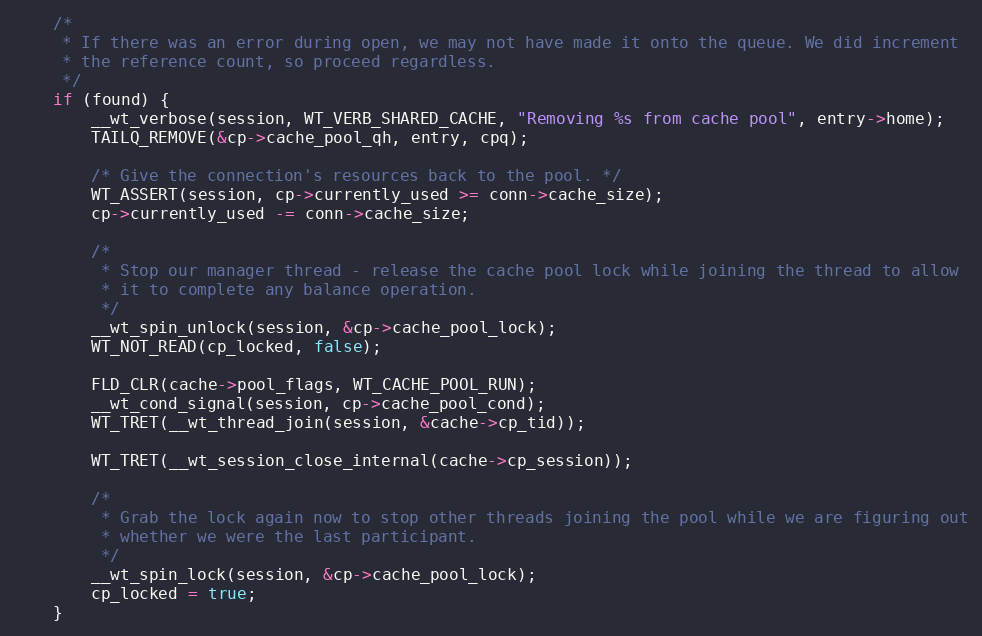
Language: C
    /*
     * If there was an error during open, we may not have made it onto the queue. We did increment
     * the reference count, so proceed regardless.
     */
    if (found) {
        __wt_verbose(session, WT_VERB_SHARED_CACHE, "Removing %s from cache pool", entry->home);
        TAILQ_REMOVE(&cp->cache_pool_qh, entry, cpq);

        /* Give the connection's resources back to the pool. */
        WT_ASSERT(session, cp->currently_used >= conn->cache_size);
        cp->currently_used -= conn->cache_size;

        /*
         * Stop our manager thread - release the cache pool lock while joining the thread to allow
         * it to complete any balance operation.
         */
        __wt_spin_unlock(session, &cp->cache_pool_lock);
        WT_NOT_READ(cp_locked, false);

        FLD_CLR(cache->pool_flags, WT_CACHE_POOL_RUN);
        __wt_cond_signal(session, cp->cache_pool_cond);
        WT_TRET(__wt_thread_join(session, &cache->cp_tid));

        WT_TRET(__wt_session_close_internal(cache->cp_session));

        /*
         * Grab the lock again now to stop other threads joining the pool while we are figuring out
         * whether we were the last participant.
         */
        __wt_spin_lock(session, &cp->cache_pool_lock);
        cp_locked = true;
    }